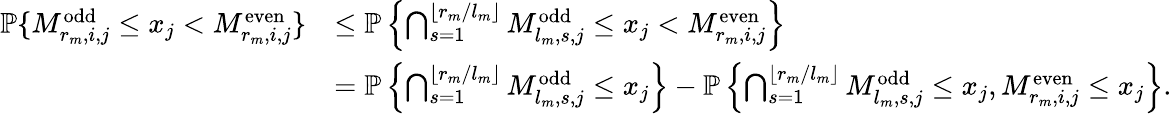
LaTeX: \begin{array}{rl}{\mathbb{P}\{ M_{r_{m},i,j}^{\textrm{odd}}\leq x_{j}<M_{r_{m},i,j}^{\textrm{even}}\} }&{\leq\mathbb{P}\left\{ \bigcap_{s=1}^{\lfloor r_{m}/l_{m}\rfloor}M_{l_{m},s,j}^{\textrm{odd}}\leq x_{j}<M_{r_{m},i,j}^{\textrm{even}}\right\} }\\ &{=\mathbb{P}\left\{ \bigcap_{s=1}^{\lfloor r_{m}/l_{m}\rfloor}M_{l_{m},s,j}^{\textrm{odd}}\leq x_{j}\right\} -\mathbb{P}\left\{ \bigcap_{s=1}^{\lfloor r_{m}/l_{m}\rfloor}M_{l_{m},s,j}^{\textrm{odd}}\leq x_{j},M_{r_{m},i,j}^{\textrm{even}}\leq x_{j}\right\} .}\end{array}